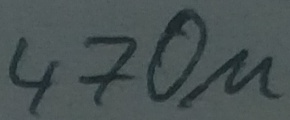
Text: 470µ